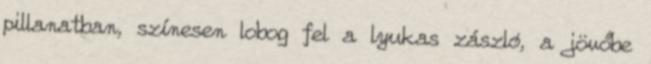
pillanatban, színesen lobog fel a lyukas zászló, a jövőbe